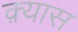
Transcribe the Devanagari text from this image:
क़्यास